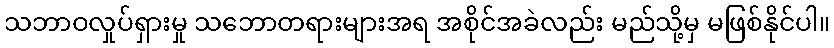
သဘာဝလှုပ်ရှားမှု သဘောတရားများအရ အစိုင်အခဲလည်း မည်သို့မှ မဖြစ်နိုင်ပါ။